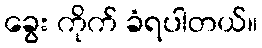
ခွေး ကိုက် ခံရပါတယ်။